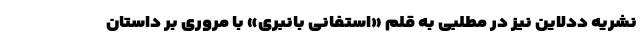
نشریه ددلاین نیز در مطلبی به قلم «استفانی بانبری» با مروری بر داستان